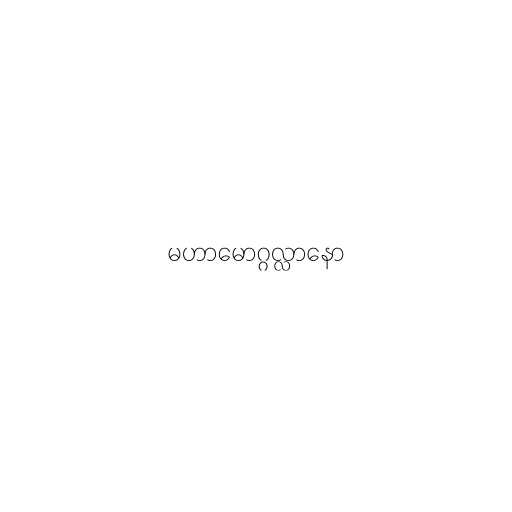
မဟာမောဂ္ဂလ္လာနော